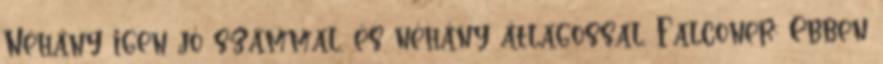
Néhány igen jó számmal, és néhány átlagossal. Falconer: Ebben